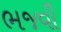
ભજવી